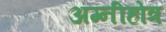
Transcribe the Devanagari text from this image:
अग्नीहोत्र